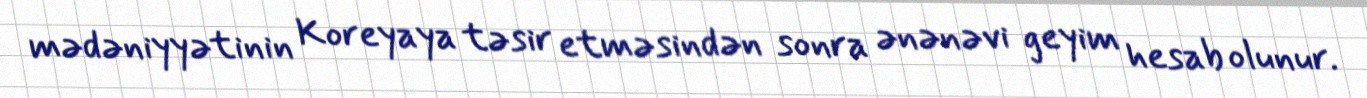
mədəniyyətinin Koreyaya təsir etməsindən sonra ənənəvi geyim hesab olunur.